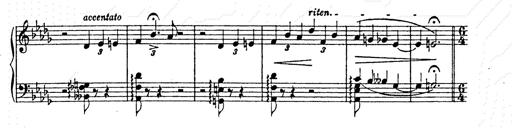
Title: AnnÃ©es de pÃ¨lerinage II
Composer: Franz Liszt